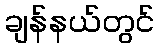
ချန်နယ်တွင်